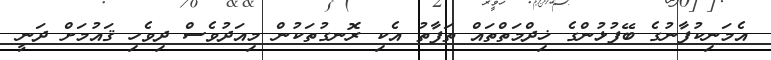
އެމަނިކުފާނުގެ ބޭފުޅުންގެ ޚިދްމަތްތައް ތަފާތު އެކި ރޮނގުތަކުން މިއަދުވެސް ދިވެހި ޤައުމަށް ދަނީ